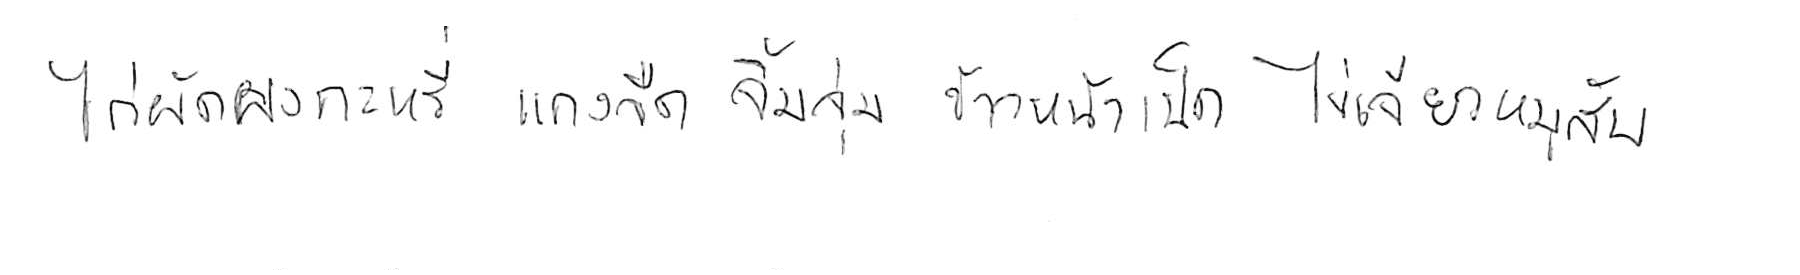
ไก่ผัดผงกะหรี่ แกงจืด จิ้มจุ่ม ข้าวหน้าเป็ด ไข่เจียวหมูสับ